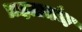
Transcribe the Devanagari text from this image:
प्रज्ञाग्रंथ